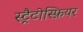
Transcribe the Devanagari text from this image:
स्ट्रैटोस्फ़ियर